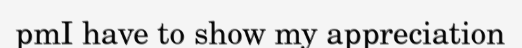
pmI have to show my appreciation